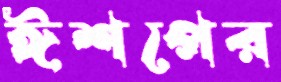
ঈশপের